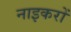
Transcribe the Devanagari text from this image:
नाइकरों